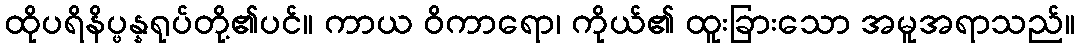
ထိုပရိနိပ္ဖန္နရုပ်တို့၏ပင်။ ကာယ ဝိကာရော၊ ကိုယ်၏ ထူးခြားသော အမူအရာသည်။